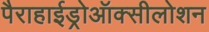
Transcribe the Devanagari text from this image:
पैराहाईड्रोऑक्सीलोशन